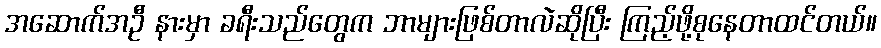
အဆောက်အဦ နားမှာ ခရီးသည်တွေက ဘာများဖြစ်တာလဲဆိုပြီး ကြည့်ဖို့စုနေတာထင်တယ်။